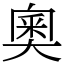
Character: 奧